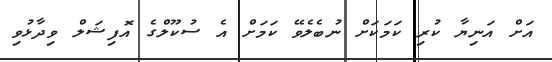
އަށް އަނިޔާ ކުރި ކަމަކަށް ނުބެލެވޭ ކަމަށް އެ ސުކޫލްގެ އޮފިޝަލް ވިދާޅުވި